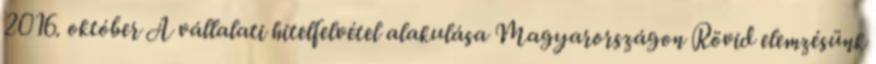
2016. október A vállalati hitelfelvétel alakulása Magyarországon Rövid elemzésünk